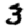
Digit: 3